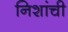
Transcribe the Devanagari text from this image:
निशांची